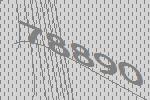
78890